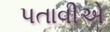
પતાવીએ